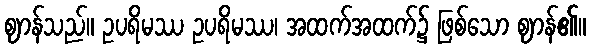
ဈာန်သည်။ ဥပရိမဿ ဥပရိမဿ၊ အထက်အထက်၌ ဖြစ်သော ဈာန်၏။